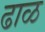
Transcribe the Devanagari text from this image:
ढाळ